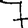
Digit: 7